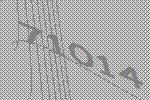
71014